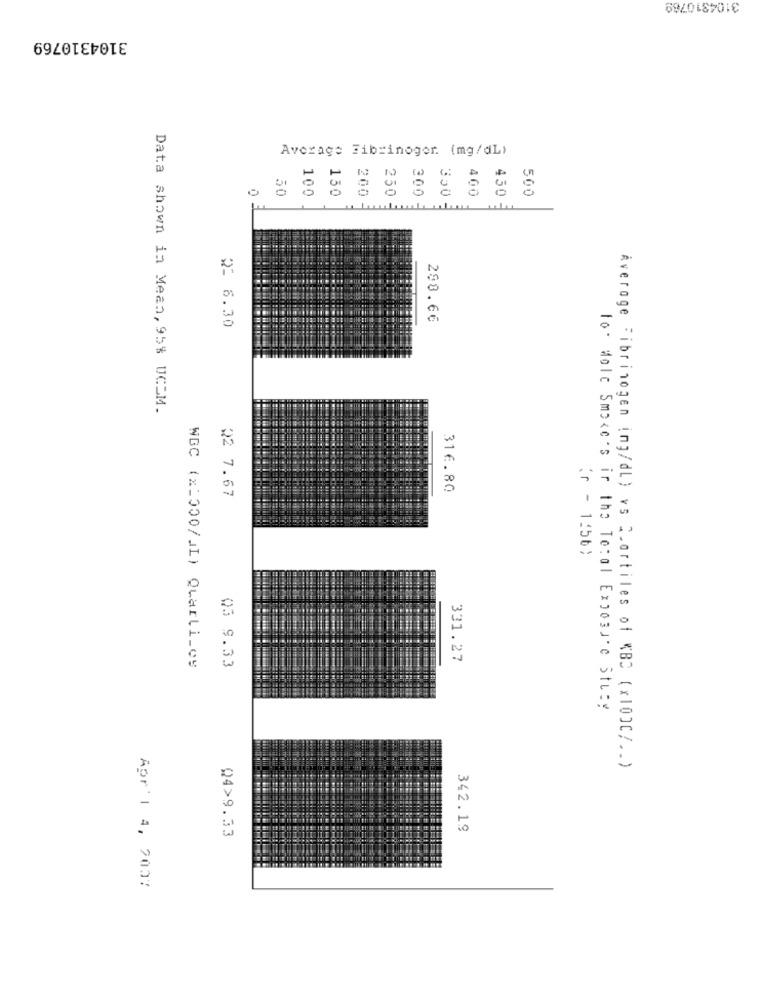
3104310769
3104310769
Average Fibrinoger. (mg/dL)
50
100
150
200
300
400
500
250
450 €
25 6.30
288.66
Data shown in Mean, 95% UCEM.
22 7.67
316.80
(r - 1:56)
Q3 9.33
331.27
WGC (x=000/JL) Quarti_cy
for Mole Smokes ir the Total Exposure Study
Average Fibrinogen (mg/dl) vs Cuartiles of KBC (x100C/ .. )
Q4>9.33
342.19
Apr' 1 4, 2007